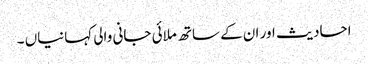
احادیث اور ان کے ساتھ ملائی جانی والی کہانیاں‌ ۔